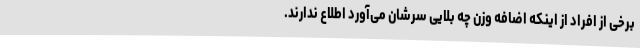
برخی از افراد از اینکه اضافه وزن چه بلایی سرشان می‌آورد اطلاع ندارند.